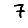
Digit: 7